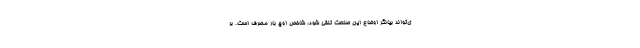
ی‌تواند بیانگر اوضاع این صنعت تلقی شود، شاخص اوج بار مصرف است. بر